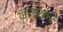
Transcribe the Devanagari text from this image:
ढ़लकर